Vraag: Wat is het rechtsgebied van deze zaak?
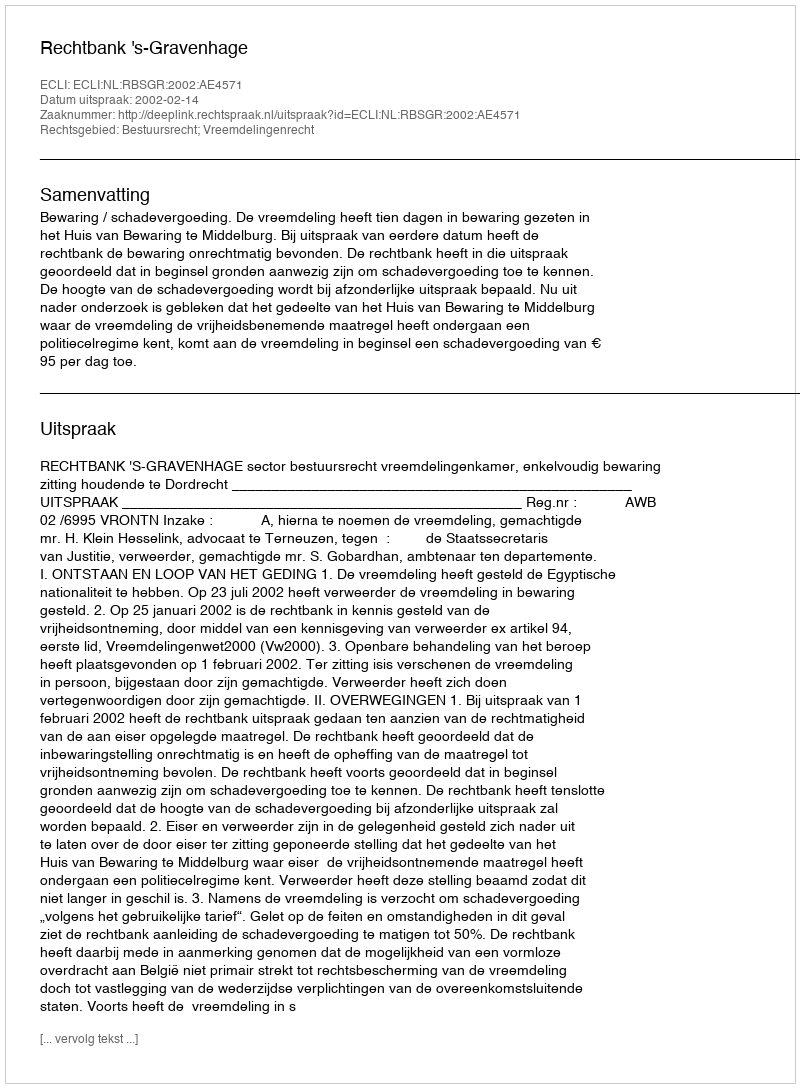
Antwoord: Bestuursrecht; Vreemdelingenrecht